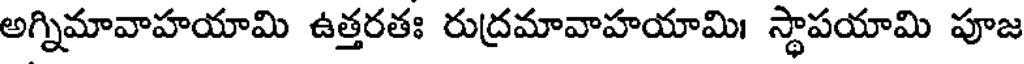
అగ్నిమావాహయామి ఉత్తరతః రుద్రమావాహయామి। స్థాపయామి పూజ